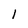
Character: I